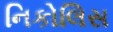
નિકોલિસ